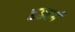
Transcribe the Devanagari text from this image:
छहवर्ग